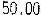
50.00